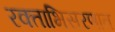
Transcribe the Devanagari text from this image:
रक्ताभिसरणात